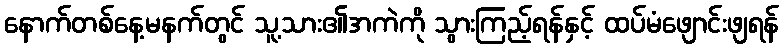
နောက်တစ်နေ့မနက်တွင် သူ့သား၏အကဲကို သွားကြည့်ရန်နှင့် ထပ်မံဖျောင်းဖျရန်